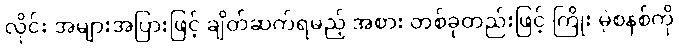
လိုင်း အများအပြားဖြင့် ချိတ်ဆက်ရမည့် အစား တစ်ခုတည်းဖြင့် ကြိုး မဲ့စနစ်ကို